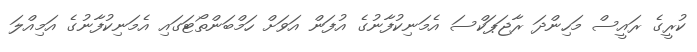
ކުރީގެ ރައީސް މަހިންދަ ރާޖަޕަކްސަ އެމަނިކުފާނުގެ އުފަން އަވަށް ހަމްބަންތޯޓަގައި އެމަނިކުފާނުގެ އަމިއްލަ